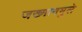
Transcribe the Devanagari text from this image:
जख्मानमुले